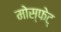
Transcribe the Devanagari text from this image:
मोस्फेट्